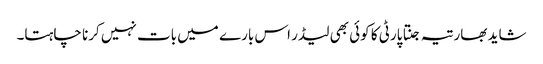
شاید بھارتیہ جنتا پارٹی کا کوئی بھی لیڈر اس بارے میں بات نہیں کرنا چاہتا۔